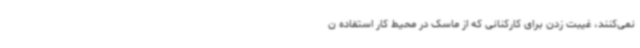
نمی‌کنند، غیبت زدن برای کارکنانی که از ماسک در محیط کار استفاده ن